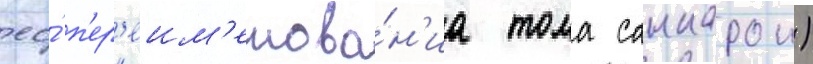
ео́ п'ер'еим'енова́н'иа тома санкарои)